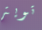
تويتر